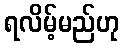
ရလိမ့်မည်ဟု